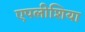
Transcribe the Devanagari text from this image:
एपलीशिया